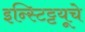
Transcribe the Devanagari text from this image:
इन्स्टिट्टयूचे